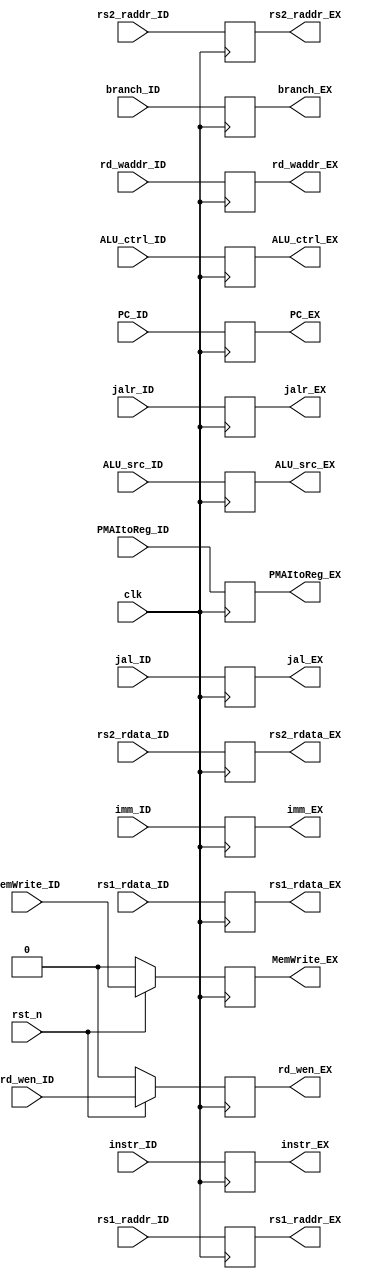
module ID_EX(
    input clk,
    input rst_n,

    input [31:0] instr_ID,
    output reg [31:0] instr_EX,

    input [31:0] PC_ID,
    input [31:0] imm_ID,
    input [31:0] rs1_rdata_ID,
    input [31:0] rs2_rdata_ID,
    input [4:0] rd_waddr_ID,
    
    input ALU_src_ID,
    input [3:0] ALU_ctrl_ID,

    input branch_ID,
    input MemWrite_ID,
    input jal_ID,
    input jalr_ID,

    input [1:0] PMAItoReg_ID,
    input rd_wen_ID,

    input [5-1: 0] rs1_raddr_ID,
    input [5-1: 0] rs2_raddr_ID,
    output reg [5-1: 0] rs1_raddr_EX,
    output reg [5-1: 0] rs2_raddr_EX,

    output reg [31:0] PC_EX,
    output reg [31:0] imm_EX,
    output reg [31:0] rs1_rdata_EX,
    output reg [31:0] rs2_rdata_EX,
    output reg [4:0] rd_waddr_EX,
    
    output reg ALU_src_EX,
    output reg [3:0] ALU_ctrl_EX,
    
    output reg branch_EX,
    output reg MemWrite_EX,
    output reg jal_EX,
    output reg jalr_EX,

    output reg [1:0] PMAItoReg_EX,
    output reg rd_wen_EX
);

always@(posedge clk) begin
    if(!rst_n) begin
        rd_wen_EX <= 0;
        MemWrite_EX <= 0;
    end
    else begin
        rd_wen_EX <= rd_wen_ID;
        MemWrite_EX <= MemWrite_ID;
    end
end

always@(posedge clk) begin
    PC_EX <= PC_ID;
    imm_EX <= imm_ID;
    rs1_rdata_EX <= rs1_rdata_ID;
    rs2_rdata_EX <= rs2_rdata_ID;
    rd_waddr_EX <= rd_waddr_ID;

    ALU_src_EX <= ALU_src_ID;
    ALU_ctrl_EX <= ALU_ctrl_ID;

    branch_EX <= branch_ID;
    jal_EX <= jal_ID;
    jalr_EX <= jalr_ID;

    PMAItoReg_EX <= PMAItoReg_ID;
    rs1_raddr_EX <= rs1_raddr_ID;
    rs2_raddr_EX <= rs2_raddr_ID;

    instr_EX <= instr_ID;
end








endmodule